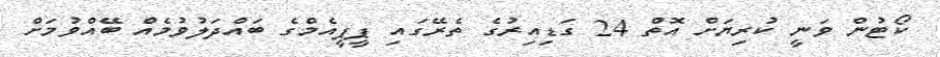
ކޯޓުން ވަނީ ކުރިޔަށް އޮތް 24 ގަޑިއިރުގެ ތެރޭގައި ޕީޕީއެމްގެ ބައްދަލުވުމެއް ބޭއްވުމަށް